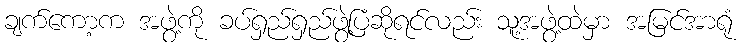
ချက်ကော့က အဖွဲ့ကို ခပ်ရှည်ရှည်ဖွဲ့ပြံဆိုရင်လည်း သူ့အဖွဲ့ထဲမှာ အမြင်အာရုံ